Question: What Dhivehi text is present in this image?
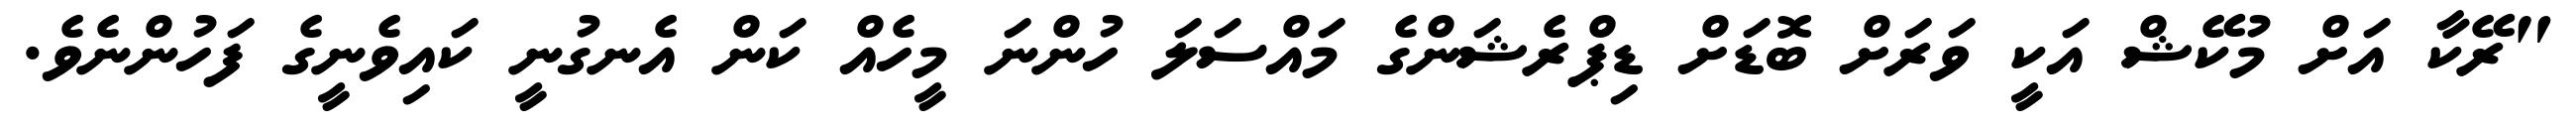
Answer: "ރޭކާ އަށް މުކޭޝް އަކީ ވަރަށް ބޮޑަށް ޑިޕްރެޝަންގެ މައްސަލަ ހުންނަ މީހެއް ކަން އެނގުނީ ކައިވެނީގެ ފަހުންނެވެ.